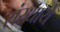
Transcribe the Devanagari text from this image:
संस्थाये